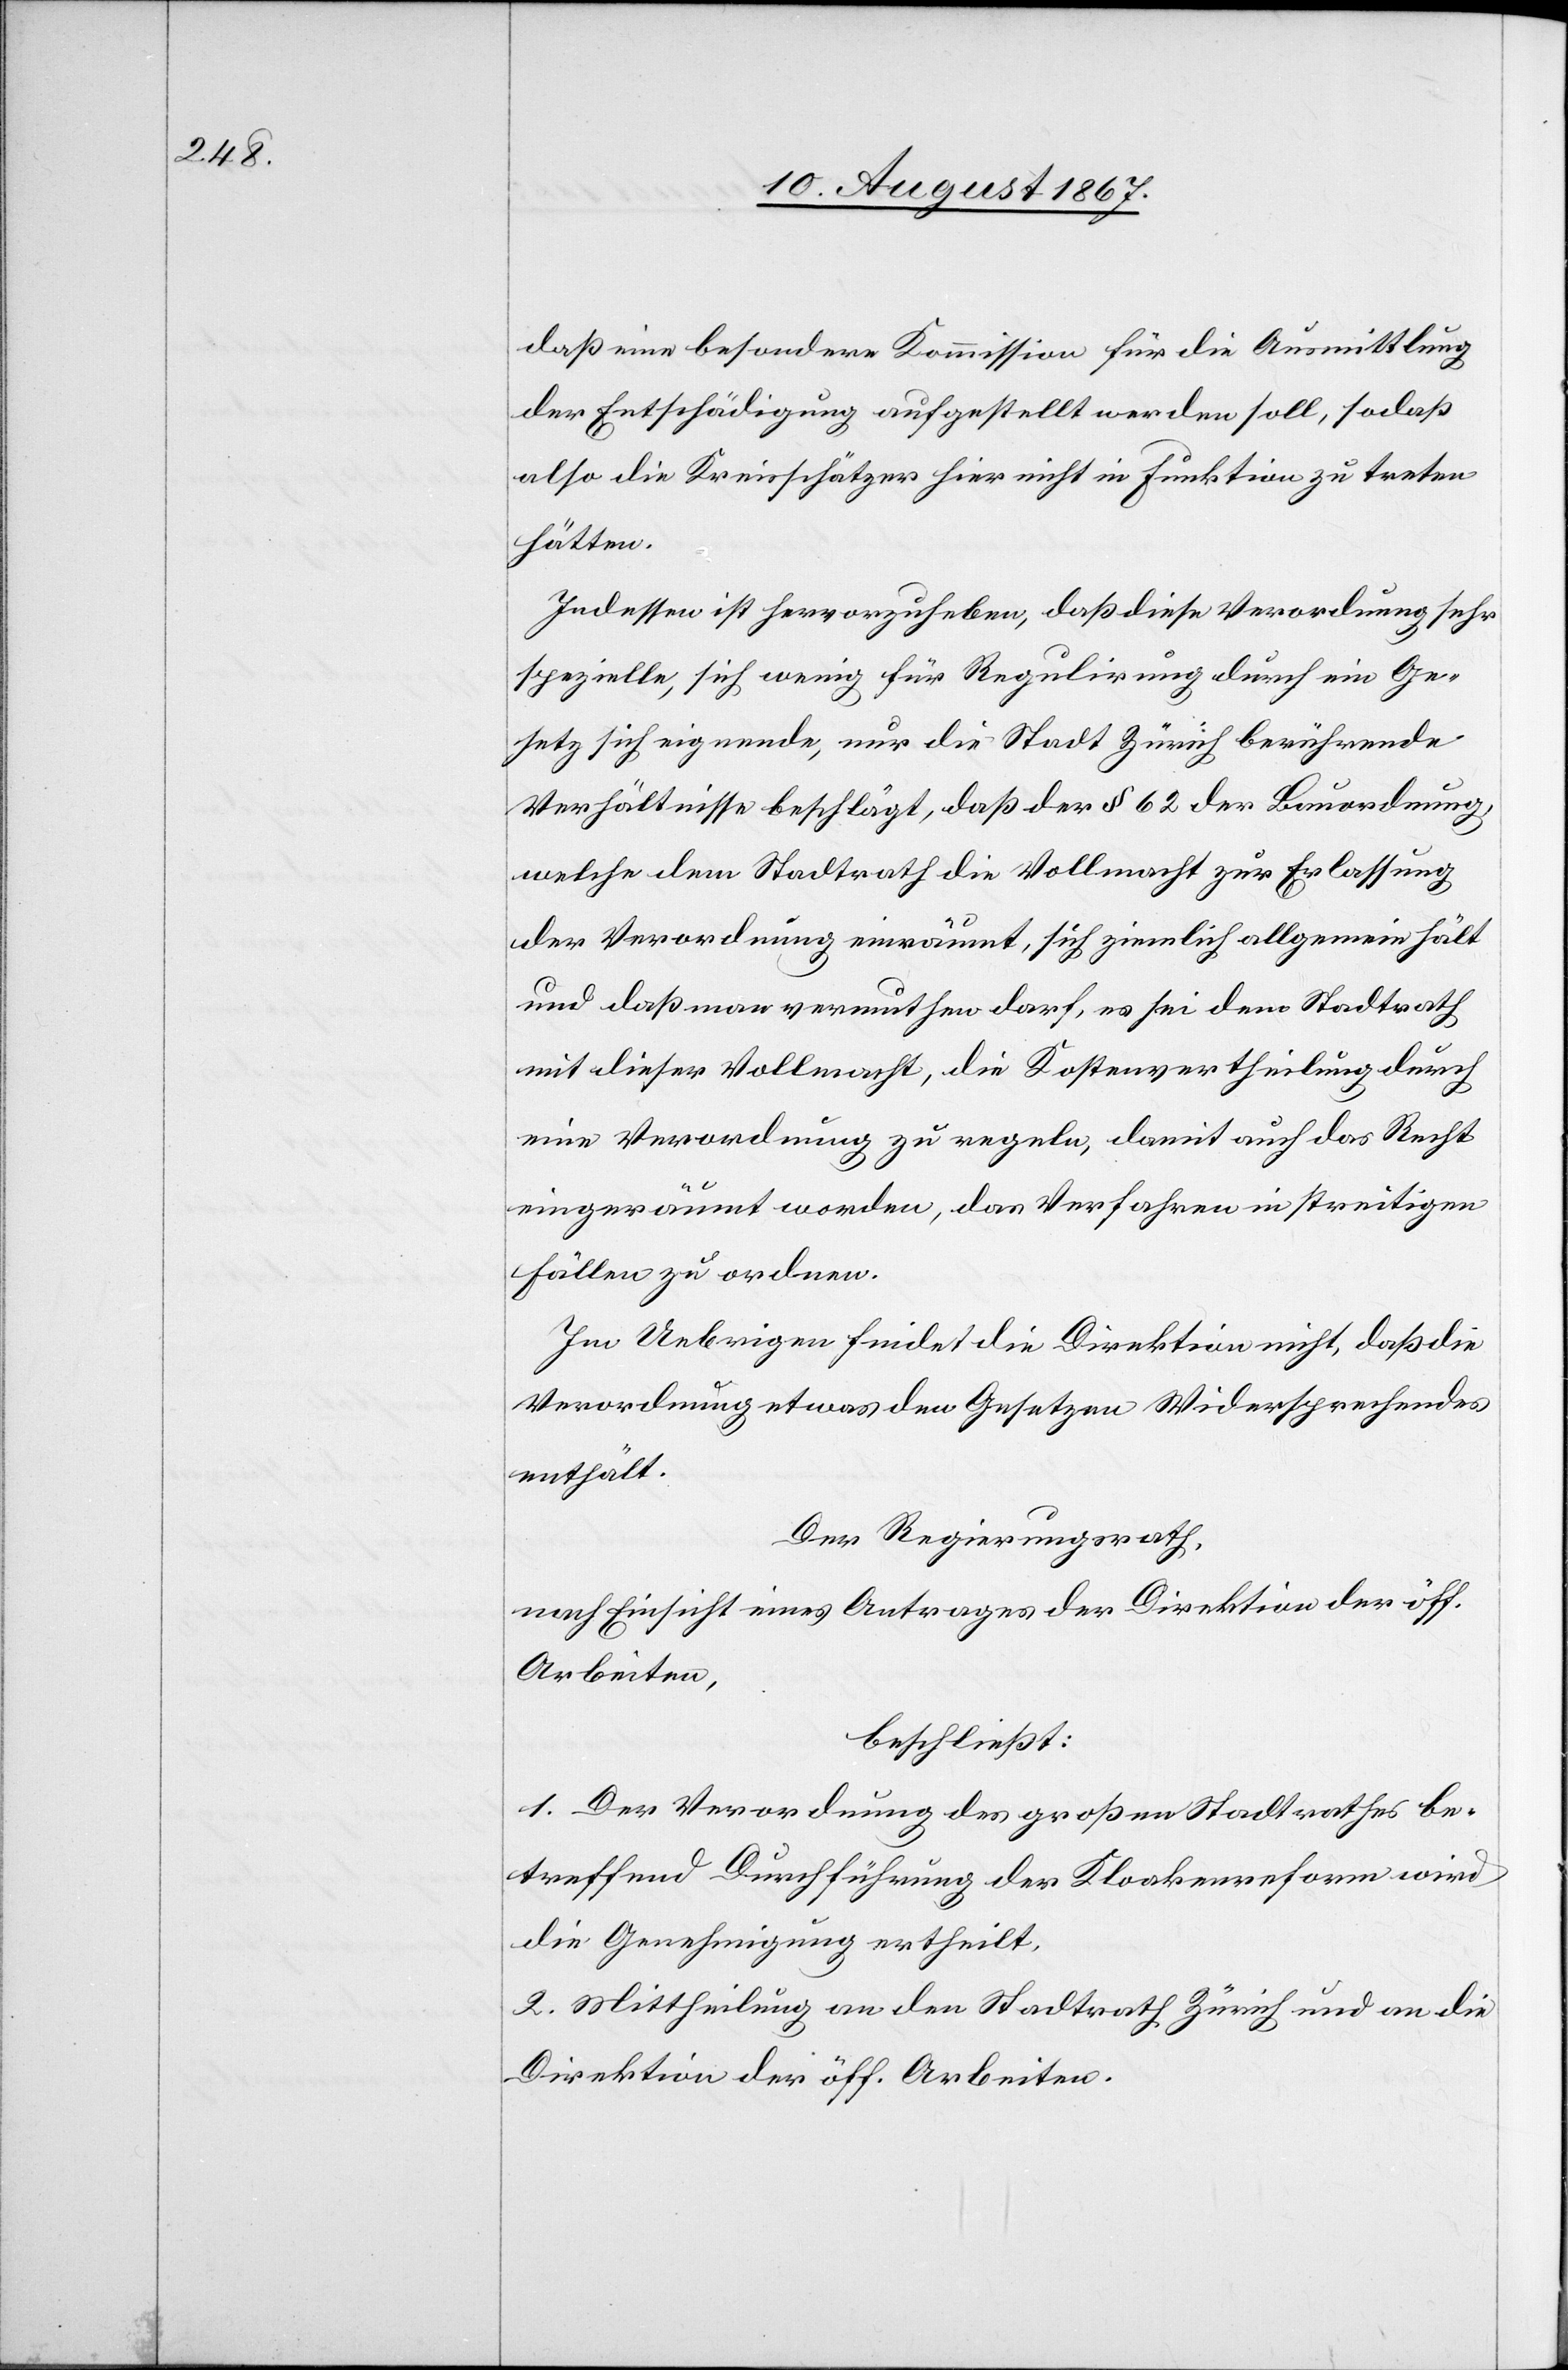
daß eine besondere Kommission für die Ausmittlung
der Entschädigung aufgestellt werden soll, sodaß
also die Kreisschätzer hier nicht in Funktion zu treten
hätten.
Indessen ist hervorzuheben, daß diese Verordnung sehr
spezielle, sich wenig für Regulirung durch ein Ge¬
setz sich eignende, nur die Stadt Zürich berührende
Verhältnisse beschlägt, daß der § 62 der Bauordnung,
welche dem Stadtrath die Vollmacht zur Erlassung
der Verordnung einräumt, sich ziemlich allgemein hält
und daß man vermuthen darf, es sei dem Stadtrath
mit dieser Vollmacht, die Kostenvertheilung durch
eine Verordnung zu regeln, damit auch das Recht
eingeräumt worden, das Verfahren in streitigen
Fällen zu ordnen.
Im Uebrigen findet die Direktion nicht, daß die
Verordnung etwas den Gesetzen Widersprechendes
enthält.
Der Regierungsrath,
nach Einsicht eines Antrages der Direktion der öff.
Arbeiten,
beschließt:
1. Der Verordnung des großen Stadtrathes be¬
treffend Durchführung der Kloakenreform wird
die Genehmigung ertheilt.
2. Mittheilung an den Stadtrath Zürich und an die
Direktion der öff. Arbeiten.